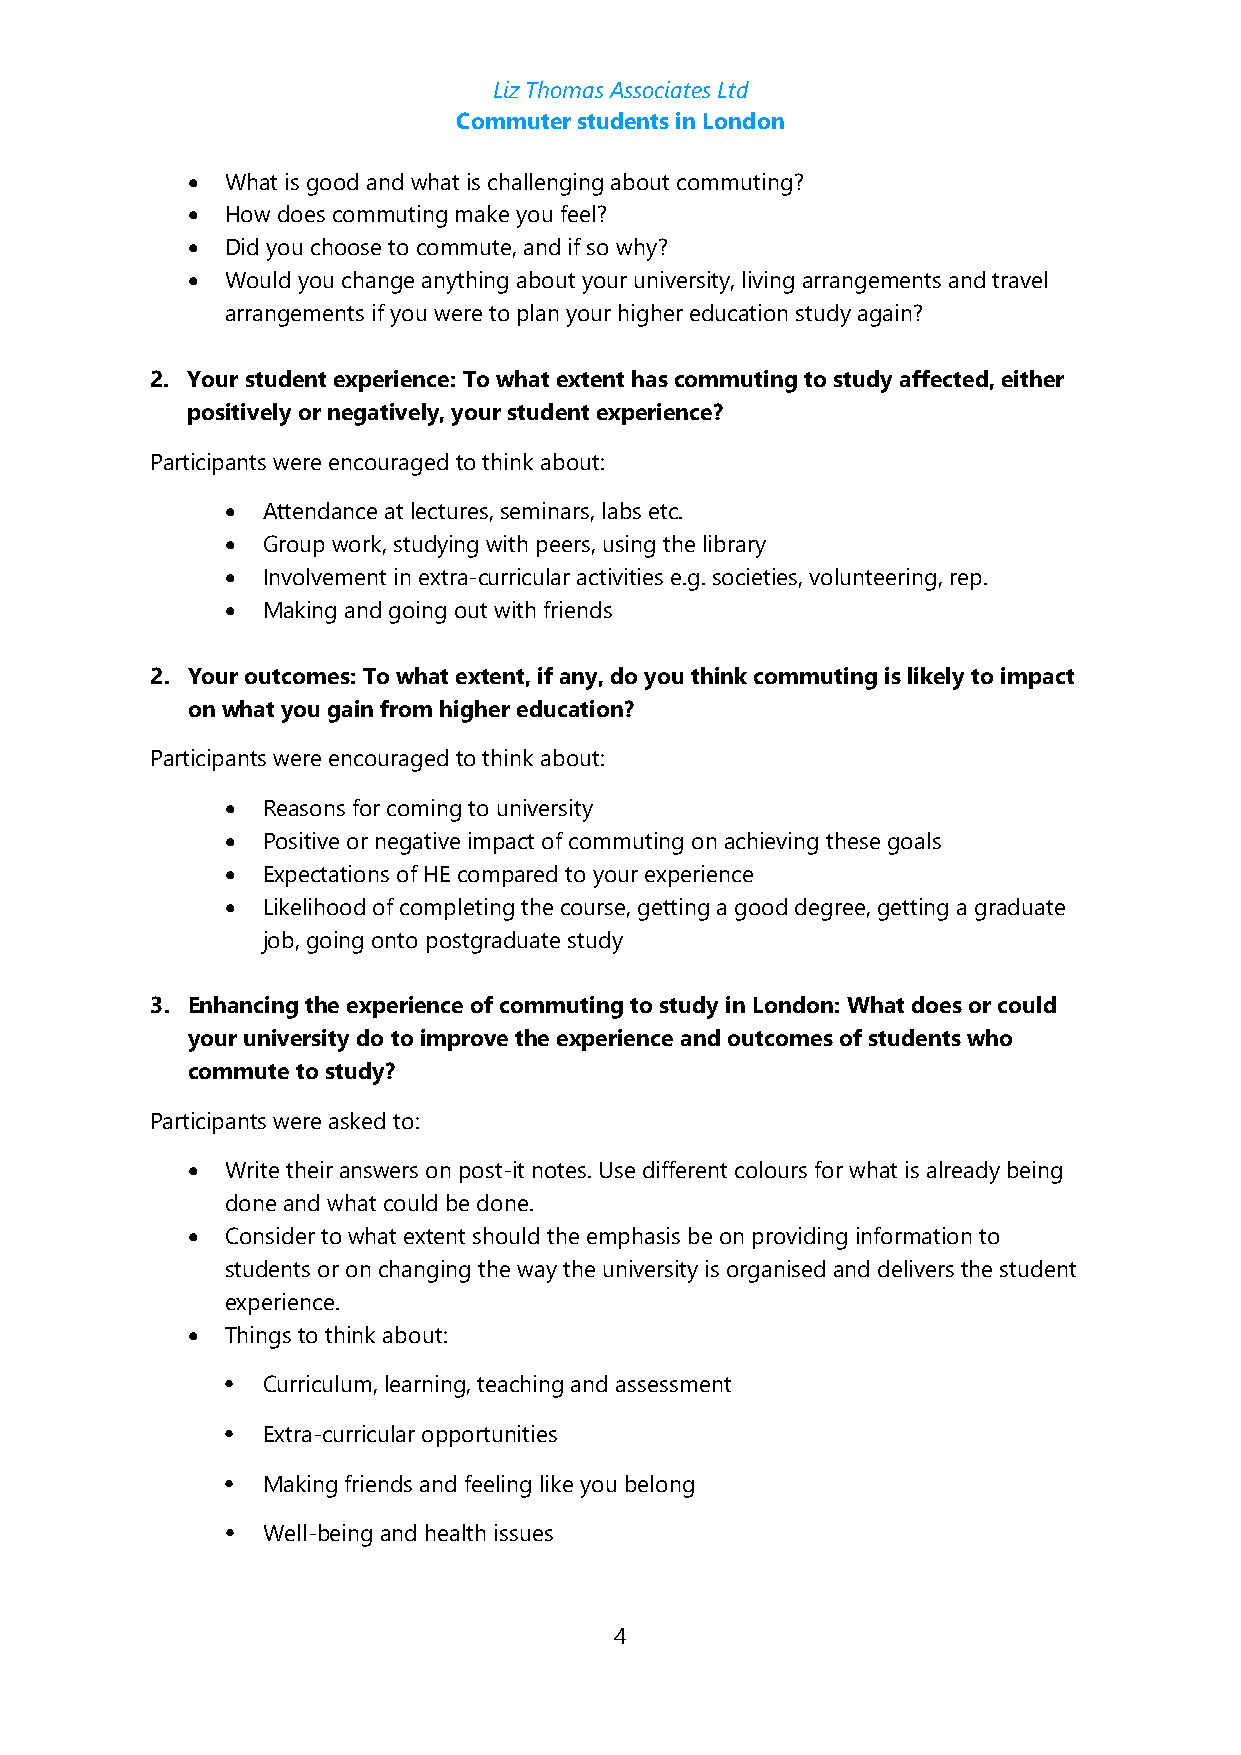
Liz Thomas Associates Ltd
 Commuter students in London
 •  What is good and what is challenging about commuting?
 •  How does commuting make you feel?
 •  Did you choose to commute, and if so why?
 •  Would you change anything about your university, living arrangements and travel
 arrangements if you were to plan your higher education study again?
 2. Your student experience: To what extent has commuting to study affected, either
 positively or negatively, your student experience?
 Participants were encouraged to think about:
 • Attendance at lectures, seminars, labs etc.
 • Group work, studying with peers, using the library
 • Involvement in extra-curricular activities e.g. societies, volunteering, rep.
 • Making and going out with friends
 2. Your outcomes: To what extent, if any, do you think commuting is likely to impact
 on what you gain from higher education?
 Participants were encouraged to think about:
 • Reasons for coming to university
 • Positive or negative impact of commuting on achieving these goals
 • Expectations of HE compared to your experience
 • Likelihood of completing the course, getting a good degree, getting a graduate
 job, going onto postgraduate study
 3. Enhancing the experience of commuting to study in London: What does or could
 your university do to improve the experience and outcomes of students who
 commute to study?
 Participants were asked to:
 •  Write their answers on post-it notes. Use different colours for what is already being
 done and what could be done.
 •  Consider to what extent should the emphasis be on providing information to
 students or on changing the way the university is organised and delivers the student
 experience.
 •  Things to think about:
 • Curriculum, learning, teaching and assessment
 • Extra-curricular opportunities
 • Making friends and feeling like you belong
 • Well-being and health issues
 4